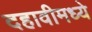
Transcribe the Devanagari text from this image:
दहावीमध्ये